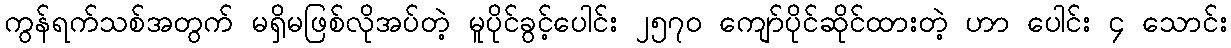
ကွန်ရက်သစ်အတွက် မရှိမဖြစ်လိုအပ်တဲ့ မူပိုင်ခွင့်ပေါင်း ၂၅၇၀ ကျော်ပိုင်ဆိုင်ထားတဲ့ ဟာ ပေါင်း ၄ သောင်း